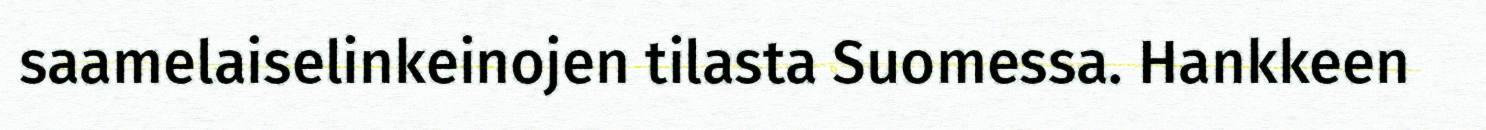
saamelaiselinkeinojen tilasta Suomessa. Hankkeen